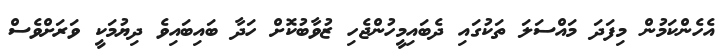
އެހެންކަމުން މިފަދަ މައްސަލަ ތަކުގައި ދެބައިމީހުންޖެހި ޒުވާބުކޮށް ހަދާ ބައިބައިވެ ދިޔުމަކީ ވަރަށްވެސް